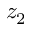
z _ { 2 }